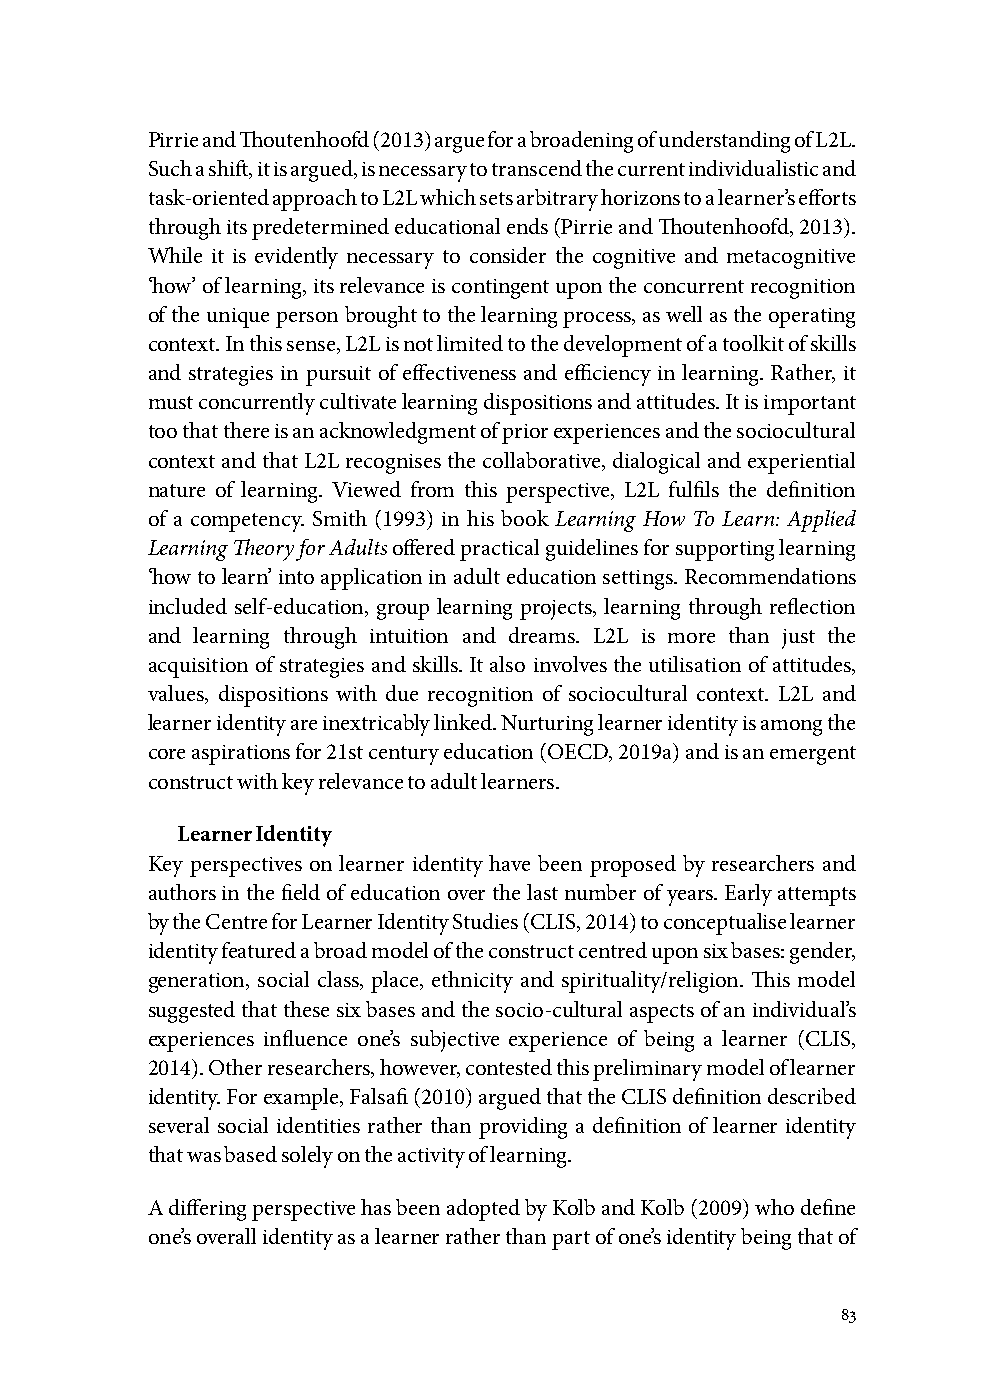
Pirrie and Thoutenhoofd (2013) argue for a broadening of understanding of L2L.
 Such a shift, it is argued, is necessary to transcend the current individualistic and
 task-oriented approach to L2L which sets arbitrary horizons to a learner’s efforts
 through its predetermined educational ends (Pirrie and Thoutenhoofd, 2013).
 While it is evidently necessary to consider the cognitive and metacognitive
 ‘how’ of learning, its relevance is contingent upon the concurrent recognition
 of the unique person brought to the learning process, as well as the operating
 context. In this sense, L2L is not limited to the development of a toolkit of skills
 and strategies in pursuit of effectiveness and efficiency in learning. Rather, it
 must concurrently cultivate learning dispositions and attitudes. It is important
 too that there is an acknowledgment of prior experiences and the sociocultural
 context and that L2L recognises the collaborative, dialogical and experiential
 nature of learning. Viewed from this perspective, L2L fulfils the definition
 of a competency. Smith (1993) in his book Learning How To Learn: Applied
 Learning Theory for Adults offered practical guidelines for supporting learning
 ‘how to learn’ into application in adult education settings. Recommendations
 included self-education, group learning projects, learning through reflection
 and learning through intuition and dreams. L2L is more than just the
 acquisition of strategies and skills. It also involves the utilisation of attitudes,
 values, dispositions with due recognition of sociocultural context. L2L and
 learner identity are inextricably linked. Nurturing learner identity is among the
 core aspirations for 21st century education (OECD, 2019a) and is an emergent
 construct with key relevance to adult learners.
 Learner Identity
 Key perspectives on learner identity have been proposed by researchers and
 authors in the field of education over the last number of years. Early attempts
 by the Centre for Learner Identity Studies (CLIS, 2014) to conceptualise learner
 identity featured a broad model of the construct centred upon six bases: gender,
 generation, social class, place, ethnicity and spirituality/religion. This model
 suggested that these six bases and the socio-cultural aspects of an individual’s
 experiences influence one’s subjective experience of being a learner (CLIS,
 2014). Other researchers, however, contested this preliminary model of learner
 identity. For example, Falsafi (2010) argued that the CLIS definition described
 several social identities rather than providing a definition of learner identity
 that was based solely on the activity of learning.
 A differing perspective has been adopted by Kolb and Kolb (2009) who define
 one’s overall identity as a learner rather than part of one’s identity being that of
 83